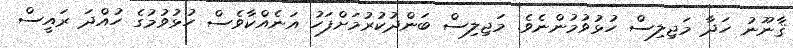
ޤާނޫނު ހަދާ މަޖިލިސް ހުޅުވުމުންނެވެ. މަޖިލިސް ބަންދުކުރުމަށްފަހު އަނެއްކާވެސް ހުޅުވުމުގެ ހުއްދަ ރައީސް